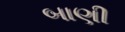
બાણી